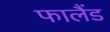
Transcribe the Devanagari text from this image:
फालैंड